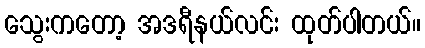
သွေးကတော့ အဒရီနယ်လင်း ထုတ်ပါတယ်။